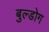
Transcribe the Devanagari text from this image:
बुल्डोग